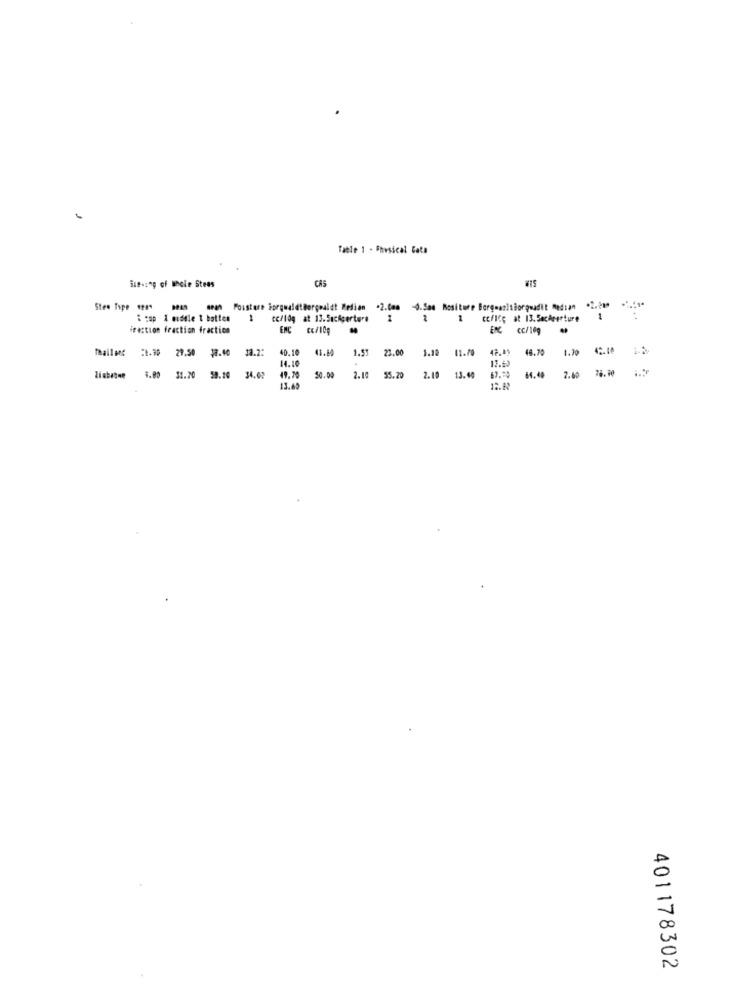
Table 1 - Physical Cata
CAS
ilthing of Whole Stees
Stee Type 199" BP19
Poisture ForqualdtBorgoaldt Medien
: cap I muddle t botten
1
CC/10g at 13.5ccAperture
1
ccflc; at 13.5ochrerture
1
Fraction fraction fraction
ENC
BIG CC/109
Thailand
2.90
12.2:
40.10
41.80
1.53
23.00
1.10
47.49
48.70
1.70
29.50 12.40
14.10
12.43
2.60
78.90
Ziabeine
31.20
59.10
34.02
2.10
55.20
2.10 13.40
$4.40
13.49
12.83
401178302